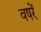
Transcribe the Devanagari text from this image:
वषरें